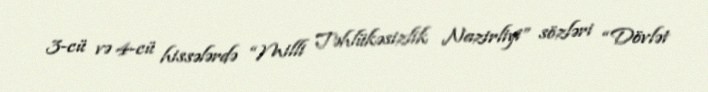
3-cü və 4-cü hissələrdə “Milli Təhlükəsizlik Nazirliyi” sözləri “Dövlət